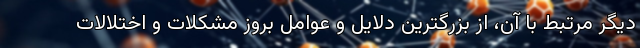
دیگر مرتبط با آن، از بزرگترین دلایل و عوامل بروز مشکلات و اختلالات